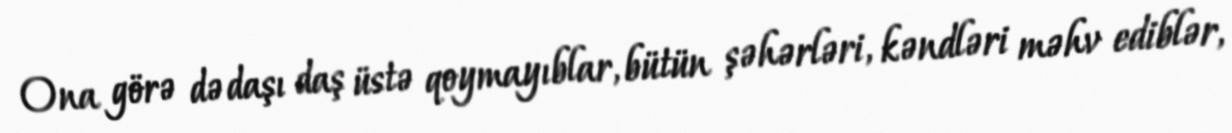
Ona görə də daşı daş üstə qoymayıblar, bütün şəhərləri, kəndləri məhv ediblər,